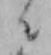
ニ